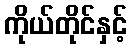
ကိုယ်တိုင်နှင့်